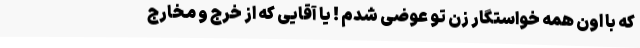
كه با اون همه خواستگار زن تو عوضى شدم ! يا آقايى كه از خرج و مخارج